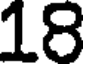
18